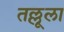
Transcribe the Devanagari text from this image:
तल्लूला